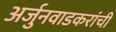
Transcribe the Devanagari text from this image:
अर्जुनवाडकरांची